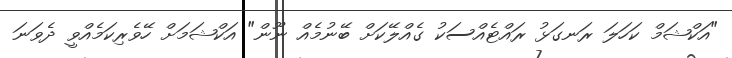
"އަކްޝަމް ކަހަލަ ރަނގަޅު ރައްޓެއްސަކު ގެއްލޭކަށް ބޭނުމެއް ނޫން" އަކްޝަމަށް ހޭވެރިކަމެއްވީ ދެވަނަ